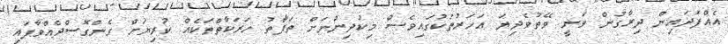
އެއްފަދައިން ދިރާގުން ވަނީ ވޭތުވެދިޔަ އަހަރުތަކުގައިވެސް މިކުދިންނަށް ތަފާތު ހަރަކާތްތަކެއް ކުރިޔަށް ގެންގޮސްދެއްވާފައި